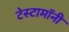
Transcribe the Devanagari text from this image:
टेस्टामॉनी